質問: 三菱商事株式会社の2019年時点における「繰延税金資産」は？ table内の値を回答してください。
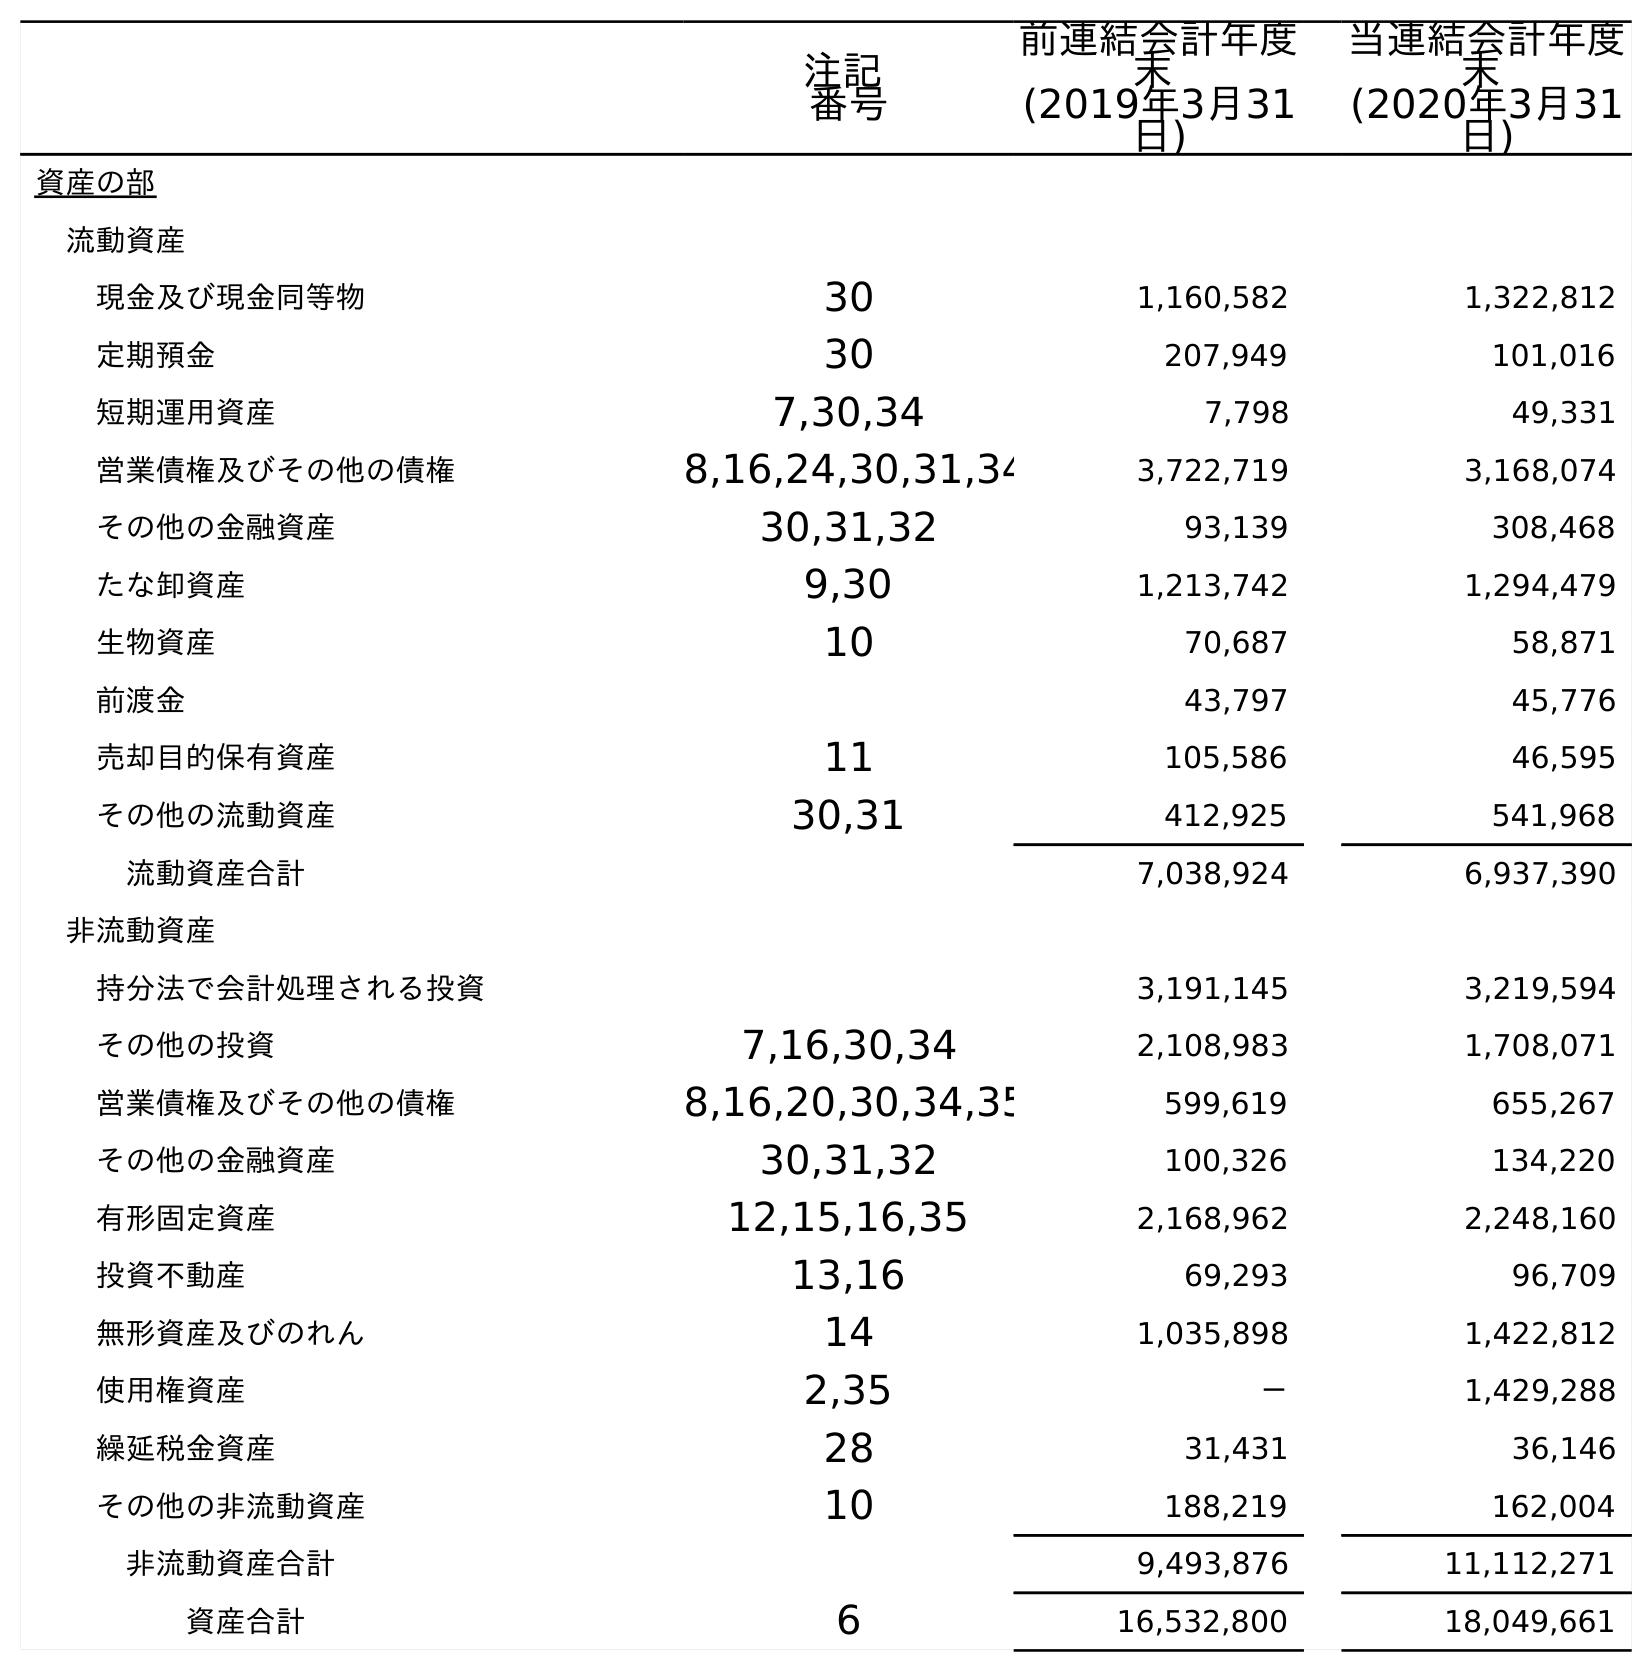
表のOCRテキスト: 注記 番号 前連結会計年度 末 (2019年3月31 日) 当連結会計年度 末 (2020年3月31 日) 資産の部 流動資産 現金及び現金同等物 30 1,160,582 1,322,812 定期預金 30 207,949 101,016 短期運用資産 7,30,34 7,798 49,331 営業債権及びその他の債権 8,16,24,30,31,34 3,722,719 3,168,074 その他の金融資産 30,31,32 93,139 308,468 たな卸資産 9,30 1,213,742 1,294,479 生物資産 10 70,687 58,871 前渡金 43,797 45,776 売却目的保有資産 11 105,586 46,595 その他の流動資産 30,31 412,925 541,968 流動資産合計 7,038,924 6,937,390 非流動資産 持分法で会計処理される投資 3,191,145 3,219,594 その他の投資 7,16,30,34 2,108,983 1,708,071 営業債権及びその他の債権 8,16,20,30,34,35 599,619 655,267 その他の金融資産 30,31,32 100,326 134,220 有形固定資産 12,15,16,35 2,168,962 2,248,160 投資不動産 13,16 69,293 96,709 無形資産及びのれん 14 1,035,898 1,422,812 使用権資産 2,35 － 1,429,288 繰延税金資産 28 31,431 36,146 その他の非流動資産 10 188,219 162,004 非流動資産合計 9,493,876 11,112,271 資産合計 6 16,532,800 18,049,661
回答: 31,431